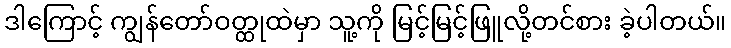
ဒါကြောင့် ကျွန်တော်ဝတ္ထုထဲမှာ သူ့ကို မြင့်မြင့်ဖြူလို့တင်စား ခဲ့ပါတယ်။